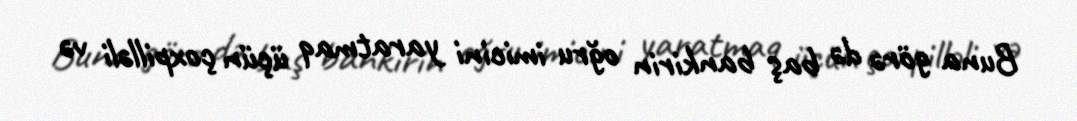
Buna görə də baş bankirin oğru imicini yaratmaq üçün çoxpilləli və